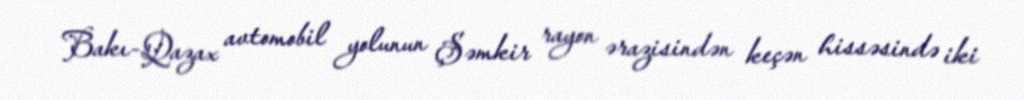
Bakı-Qazax avtomobil yolunun Şəmkir rayon ərazisindən keçən hissəsində iki